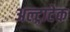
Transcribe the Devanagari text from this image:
अल्‍ट्राटेक